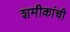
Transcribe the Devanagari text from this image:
शमीकांची